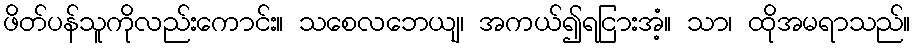
ဖိတ်ပန်သူကိုလည်းကောင်း။ သစေလဘေယျ၊ အကယ်၍ရငြားအံ့။ သာ၊ ထိုအမရာသည်။